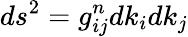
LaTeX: ds^{2}=g_{ij}^{n}dk_{i}dk_{j}